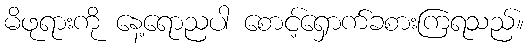
မိဖုရားကို နေ့ရောညပါ စောင့်ရှောက်ခစားကြရသည်။